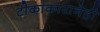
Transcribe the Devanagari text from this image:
टीकाकारानेही